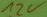
Text: 12V